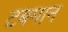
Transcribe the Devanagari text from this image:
टबमान